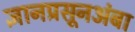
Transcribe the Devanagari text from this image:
ज्ञानप्रसूनअंबा